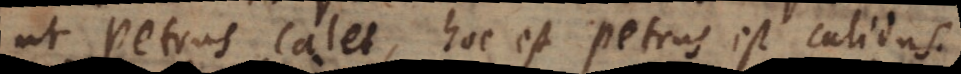
ut Petrus calet, hoc est Petrus est calidus.